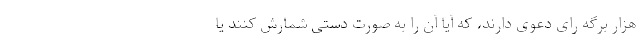
هزار برگه رای دعوی دارند، که آیا آن را به صورت دستی شمارش کنند یا